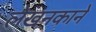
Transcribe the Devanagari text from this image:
लेखनकाने